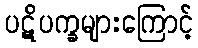
ပဋိပက္ခများကြောင့်